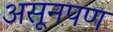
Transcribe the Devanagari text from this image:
असूनपण